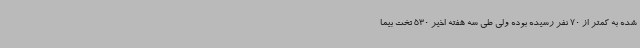
شده به کمتر از 70 نفر رسیده بوده ولی طی سه هفته اخیر 530 تخت بیما